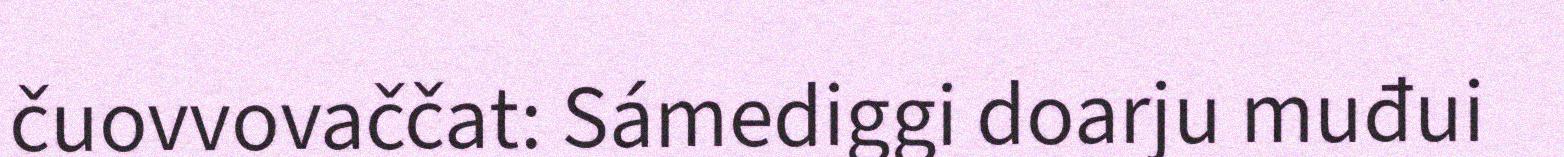
čuovvovaččat: Sámediggi doarju muđui